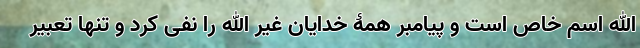
الله اسم خاص است و پیامبر همۀ خدایان غیر الله را نفی کرد و تنها تعبیر